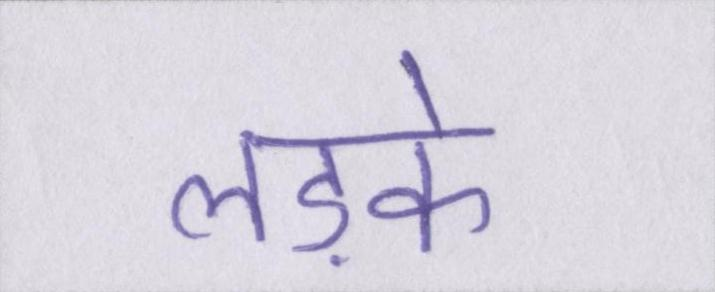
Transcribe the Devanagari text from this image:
लड़के